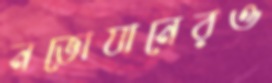
নভোযানেরও